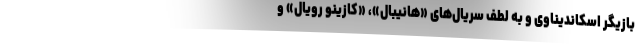
بازیگر اسکاندیناوی و به لطف سریال‌های «هانیبال»، «کازینو رویال» و